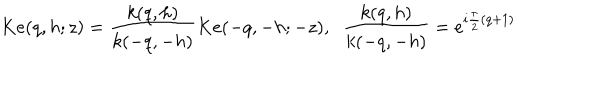
LaTeX: K e ( q , h ; z ) = \frac { k ( q , h ) } { k ( - q , - h ) } K e ( - q , - h ; - z ) , \; \; \frac { k ( q , h ) } { k ( - q , - h ) } = e ^ { i \frac { \pi } { 2 } ( q + 1 ) }